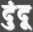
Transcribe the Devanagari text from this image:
दुंदू